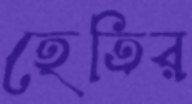
হেতির